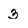
Character: 3